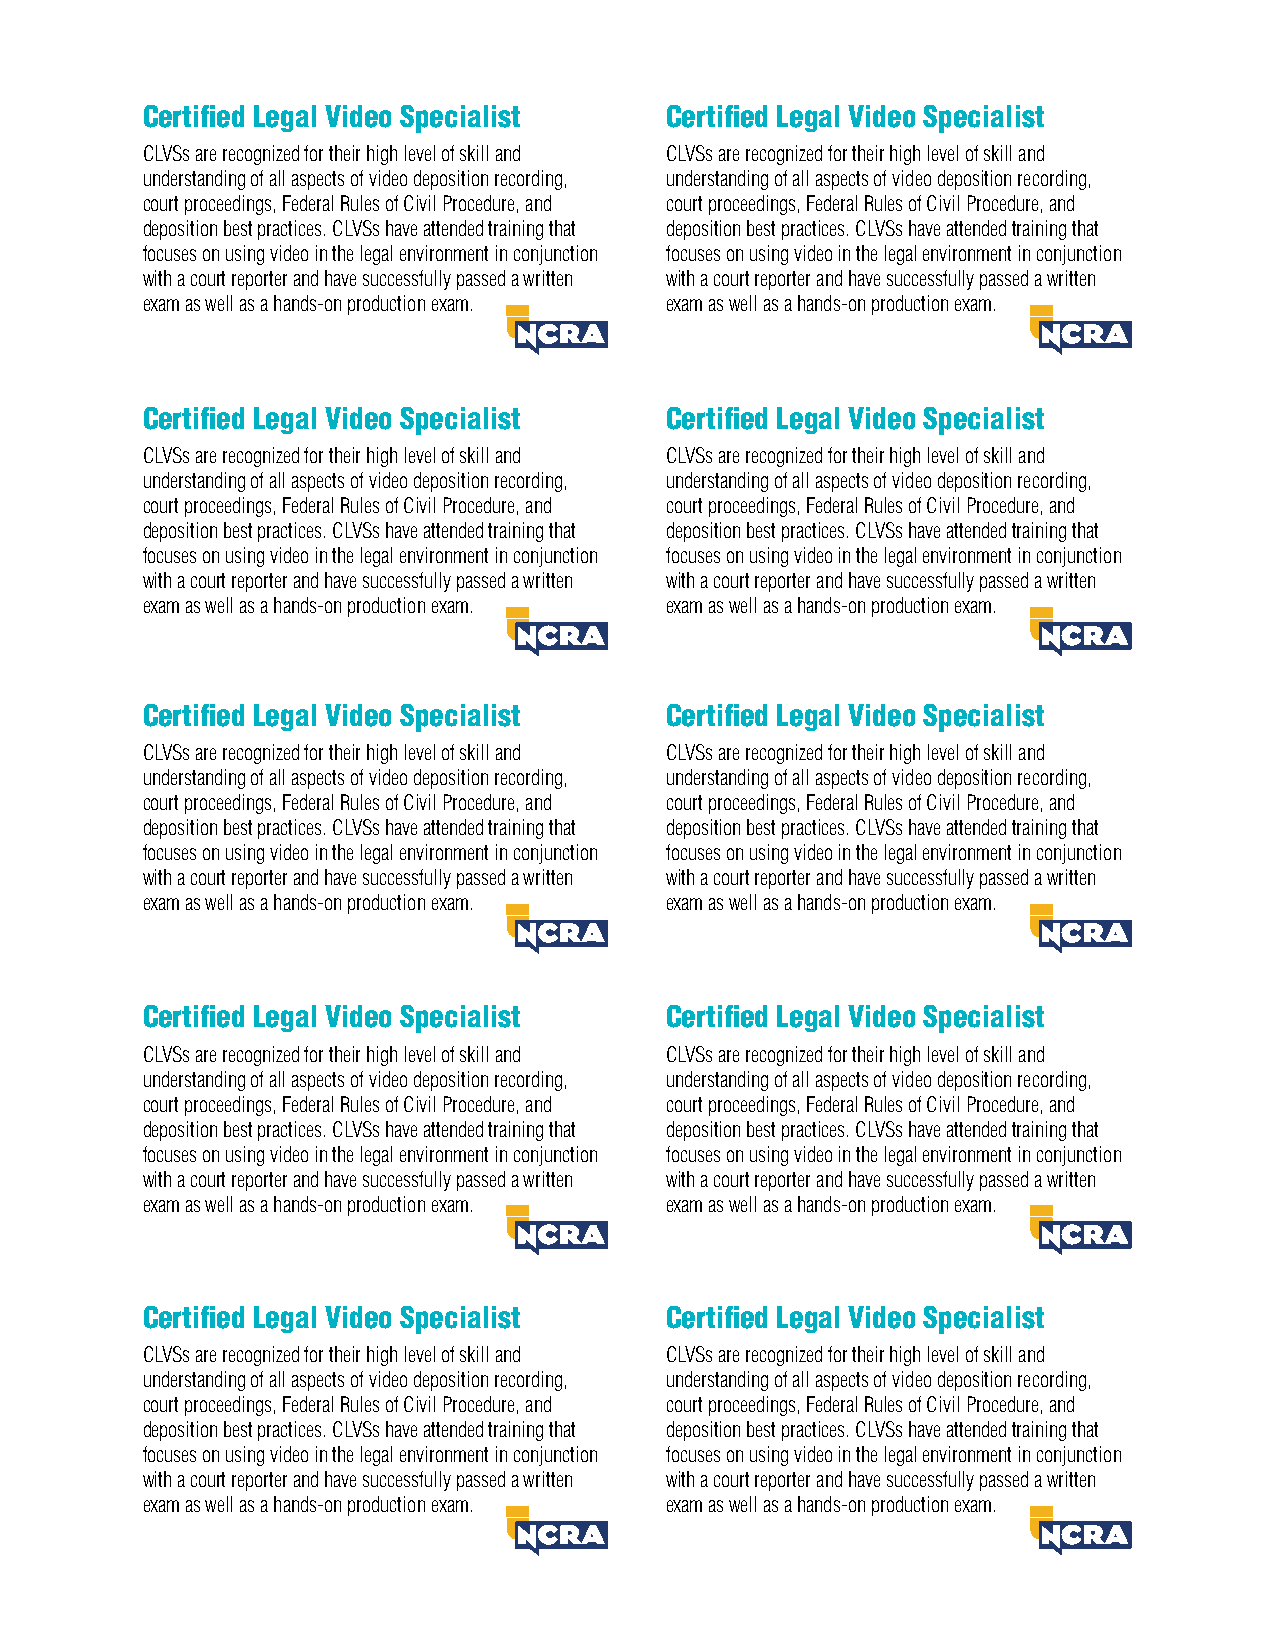
Certified Legal Video Specialist   Certified Legal Video Specialist
 CLVSs are recognized for their high level of skill and CLVSs are recognized for their high level of skill and
 understanding of all aspects of video deposition recording, understanding of all aspects of video deposition recording,
 court proceedings, Federal Rules of Civil Procedure, and court proceedings, Federal Rules of Civil Procedure, and
 deposition best practices. CLVSs have attended training that deposition best practices. CLVSs have attended training that
 focuses on using video in the legal environment in conjunction focuses on using video in the legal environment in conjunction
 with a court reporter and have successfully passed a written with a court reporter and have successfully passed a written
 exam as well as a hands-on production exam. exam as well as a hands-on production exam.
 Certified Legal Video Specialist   Certified Legal Video Specialist
 CLVSs are recognized for their high level of skill and CLVSs are recognized for their high level of skill and
 understanding of all aspects of video deposition recording, understanding of all aspects of video deposition recording,
 court proceedings, Federal Rules of Civil Procedure, and court proceedings, Federal Rules of Civil Procedure, and
 deposition best practices. CLVSs have attended training that deposition best practices. CLVSs have attended training that
 focuses on using video in the legal environment in conjunction focuses on using video in the legal environment in conjunction
 with a court reporter and have successfully passed a written with a court reporter and have successfully passed a written
 exam as well as a hands-on production exam. exam as well as a hands-on production exam.
 Certified Legal Video Specialist   Certified Legal Video Specialist
 CLVSs are recognized for their high level of skill and CLVSs are recognized for their high level of skill and
 understanding of all aspects of video deposition recording, understanding of all aspects of video deposition recording,
 court proceedings, Federal Rules of Civil Procedure, and court proceedings, Federal Rules of Civil Procedure, and
 deposition best practices. CLVSs have attended training that deposition best practices. CLVSs have attended training that
 focuses on using video in the legal environment in conjunction focuses on using video in the legal environment in conjunction
 with a court reporter and have successfully passed a written with a court reporter and have successfully passed a written
 exam as well as a hands-on production exam. exam as well as a hands-on production exam.
 Certified Legal Video Specialist   Certified Legal Video Specialist
 CLVSs are recognized for their high level of skill and CLVSs are recognized for their high level of skill and
 understanding of all aspects of video deposition recording, understanding of all aspects of video deposition recording,
 court proceedings, Federal Rules of Civil Procedure, and court proceedings, Federal Rules of Civil Procedure, and
 deposition best practices. CLVSs have attended training that deposition best practices. CLVSs have attended training that
 focuses on using video in the legal environment in conjunction focuses on using video in the legal environment in conjunction
 with a court reporter and have successfully passed a written with a court reporter and have successfully passed a written
 exam as well as a hands-on production exam. exam as well as a hands-on production exam.
 Certified Legal Video Specialist   Certified Legal Video Specialist
 CLVSs are recognized for their high level of skill and CLVSs are recognized for their high level of skill and
 understanding of all aspects of video deposition recording, understanding of all aspects of video deposition recording,
 court proceedings, Federal Rules of Civil Procedure, and court proceedings, Federal Rules of Civil Procedure, and
 deposition best practices. CLVSs have attended training that deposition best practices. CLVSs have attended training that
 focuses on using video in the legal environment in conjunction focuses on using video in the legal environment in conjunction
 with a court reporter and have successfully passed a written with a court reporter and have successfully passed a written
 exam as well as a hands-on production exam. exam as well as a hands-on production exam.